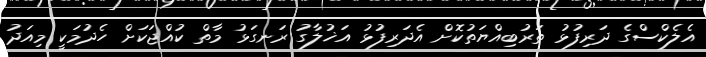
އެލެކްސްގެ ދަރިފުޅު ތަރުބިއްޔަތުކޮށް އެދަރިފުޅު އަޚުލާގު ރަނގަޅު މާތް ކުއްޖަކަށް ހެދުމަކީ މިއަދު